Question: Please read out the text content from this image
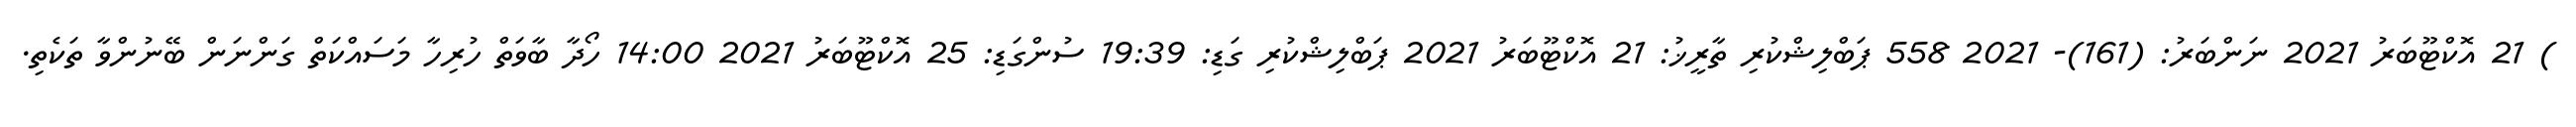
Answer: ) 21 އޮކްޓޫބަރު 2021 ނަންބަރު: (161)- 2021 558 ޕަބްލިޝްކުރި ތާރީޚު: 21 އޮކްޓޫބަރު 2021 ޕަބްލިޝްކުރި ގަޑި: 19:39 ސުންގަޑި: 25 އޮކްޓޫބަރު 2021 14:00 ހޯދާ ބާވަތް ހުރިހާ މަސައްކަތް ގަންނަން ބޭނުންވާ ތަކެތި.